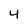
Character: 4